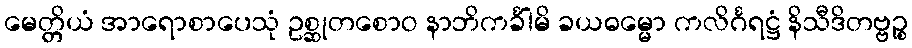
မေတ္တိယံ အာရောစာပေသုံ ဥစ္ဆုတစောဝ နာဘိကင်္ခါမိ ခယဓမ္မော ကလိင်္ဂရဋ္ဌံ နိသီဒိတဗ္ဗဉ္စ